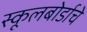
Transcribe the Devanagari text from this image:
स्कूलबोर्डाचे